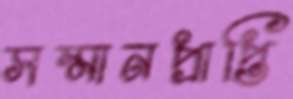
সম্মানপ্রাপ্তি